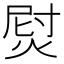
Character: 𱫞